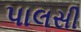
પાલસી